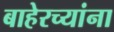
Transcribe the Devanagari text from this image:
बाहेरच्यांना